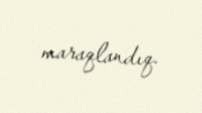
maraqlandıq.